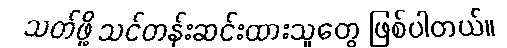
သတ်ဖို့ သင်တန်းဆင်းထားသူတွေ ဖြစ်ပါတယ်။